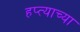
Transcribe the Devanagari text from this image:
हप्‍त्याच्या